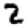
Digit: 2